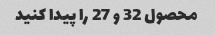
محصول 32 و 27 را پیدا کنید